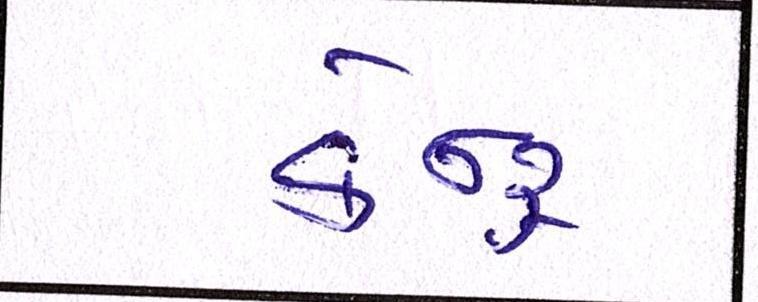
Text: કેન્દ્ર